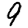
Digit: 9